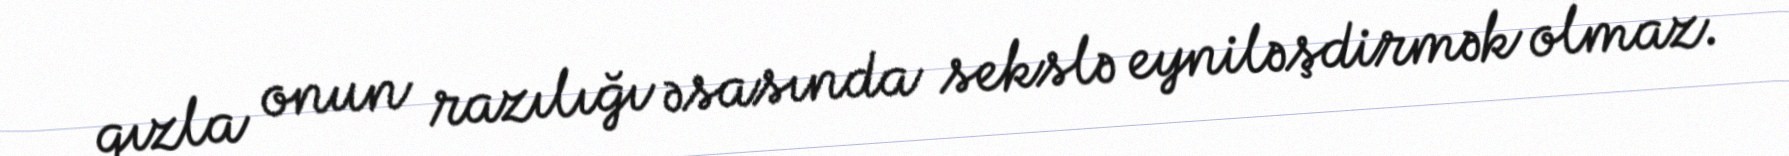
qızla onun razılığı əsasında sekslə eyniləşdirmək olmaz.